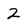
Character: 2